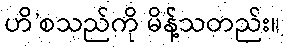
ဟိ’စသည်ကို မိန့်သတည်း။